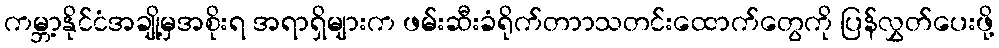
ကမ္ဘာ့နိုင်ငံအချို့မှအစိုးရ အရာရှိများက ဖမ်းဆီးခံရိုက်တာာသတင်းထောက်တွေကို ပြန်လွှတ်ပေးဖို့